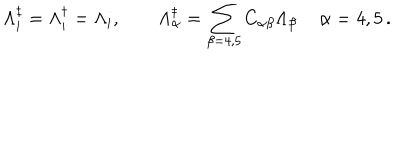
\Lambda _ { i } ^ { \ddagger } = \Lambda _ { i } ^ { \dagger } = \Lambda _ { i } , \quad \quad \Lambda _ { \alpha } ^ { \ddagger } = \sum _ { \beta = 4 , 5 } C _ { \alpha \beta } \Lambda _ { \beta } \, \quad \alpha = 4 , 5 \, .